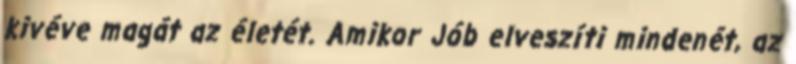
kivéve magát az életét. Amikor Jób elveszíti mindenét, az